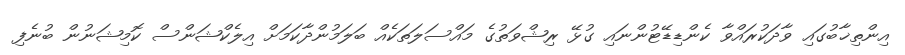
އިންތިޚާބުގައި ވާދަކުރައްވާ ކެންޑިޑޭޓުންނައި ގުޅޭ ރިޝްވަތުގެ މައްސަލަތަކެއް ބަލަމުންދާކަމަށް އިލެކްޝަންސް ކޮމިޝަނުން ބުނެފި